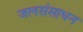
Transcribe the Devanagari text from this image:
जलसंसाधन